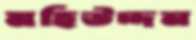
মহিউদ্দন